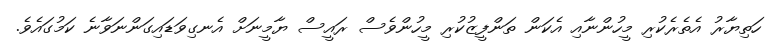
ހަތިޔާރު އެތެރެކުރި މީހުންނާއި އެކަން ތަންފީޒުކުރި މީހުންވެސް ރައީސް ޔާމީނަށް އެނގިވަޑައިގަންނަވާނެ ކަމުގައެވެ.